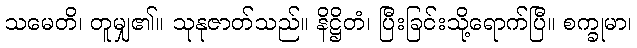
သမေတိ၊ တူမျှ၏။ သုနုဇာတ်သည်။ နိဋ္ဌိတံ၊ ပြီးခြင်းသို့ရောက်ပြီ။ စက္ခုမာ၊